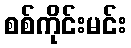
စစ်ကိုင်းမင်း